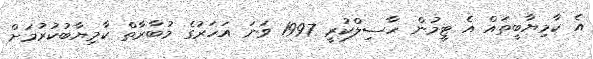
އެ ކާމިޔާބީތައް އެ ޓީމުން ހާސިލްކުރީ 1997 ވަނަ އަހަރުގެ މުބާރާތް ކާމިޔާބުކުރުމަށް